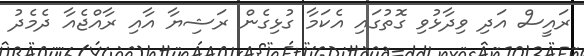
ރައީސް އަދި ވިދާޅުވި ގޮތުގައި އެކަމާ ގުޅިގެން ރަޝިޔާ އާއި ރާއްޖެއާ ދެމެދު